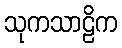
သုကသာဠိက